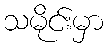
သမိုင်းမှာ